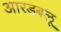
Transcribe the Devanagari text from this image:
आरडबलू